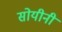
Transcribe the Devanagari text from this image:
सोयीनी